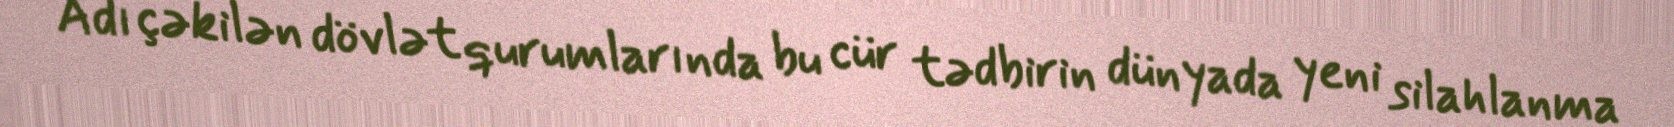
Adı çəkilən dövlət qurumlarında bu cür tədbirin dünyada yeni silahlanma